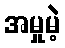
အမှုမဲ့